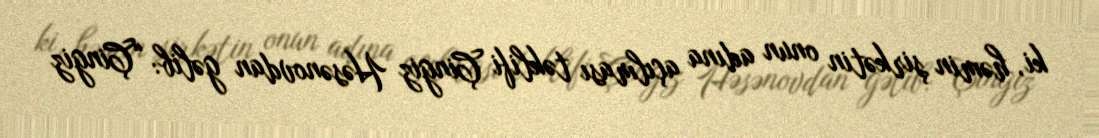
ki, həmin şirkətin onun adına açılması təklifi Çingiz Həsənovdan gəlib: “Çingiz